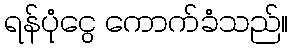
ရန်ပုံငွေ ကောက်ခံသည်။